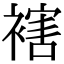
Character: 𧜅